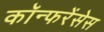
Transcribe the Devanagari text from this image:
कॉन्फरेंसेस